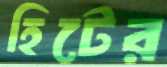
হিটের